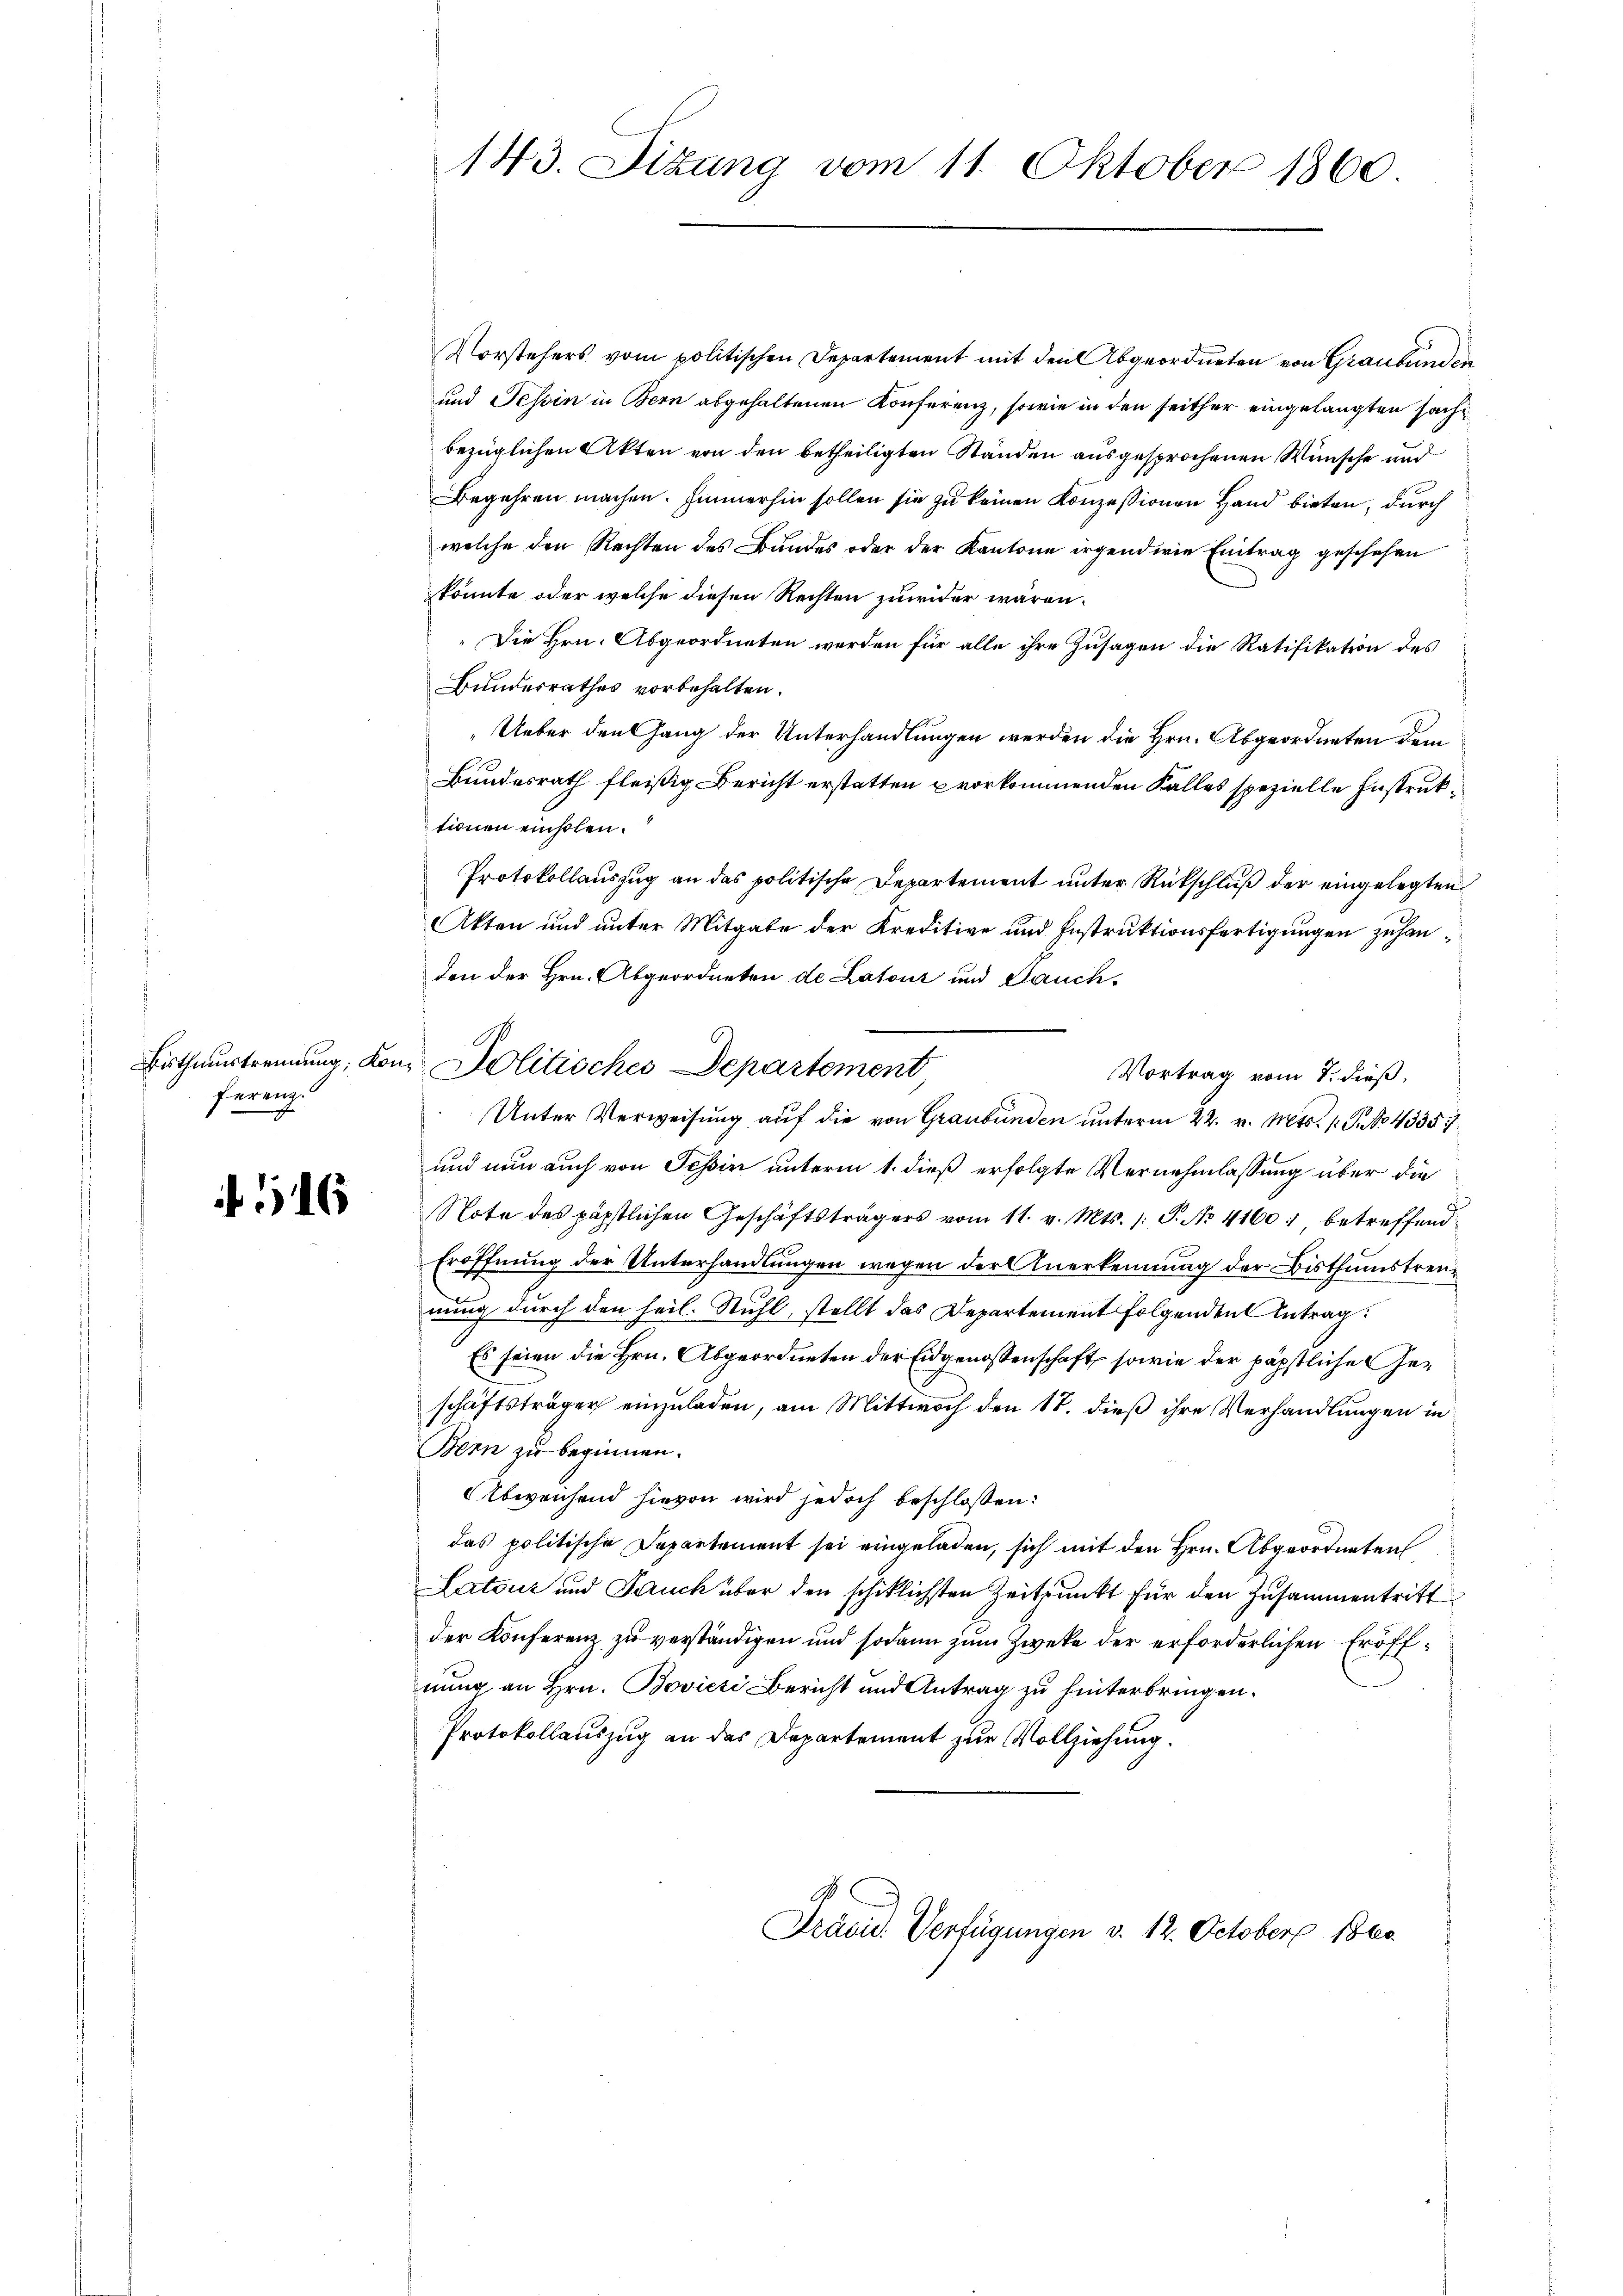
ferenz

516

Vorstehers vom politischen Departement mit den Abgeordneten von Graubünden
und Tessin in Bern abgehaltenen Konferenz, sowie in den seither eingelangten sachbezüglichen Akten von den betheiligten Ständen ausgesprochenen Wünsche und
Begehren machen. Immerhin sollen sie zu keinen Konzessionen Hand bieten, durch
welche den Rechten des Bundes oder der Kantone irgendwie Eintrag geschehen
könnte oder welche diesen Rechten zuwider wären.
„Die Hrn. Abgeordneten werden für alle ihre Zusagen die Ratifikation des
Bundesrathes vorbehalten.
„Ueber den Gang der Unterhandlungen werden die Hrn. Abgeordneten dem
Bundesrath fleißig Bericht erstatten vorkommenden Falles spezielle Instruktionen einholen.
Protokollauszug an das politische Departement unter Rückschluß der eingelegten
Akten und unter Mitgabe der Kreditive und Instruktionsfertigungen zuhanden der Hrn. Abgeordneten de Latour und Rauch¬
Vortrag vom 8. dieß,
Unter Verweisung auf die von Graubünden unterm 22. v. Mts. 1. P. No. 4335
und nun auch von Tessin unterm 1. dieß erfolgte Vernehmlassung über die
Note des päpstlichen Geschäftsträgers vom 11. v. Mts. /: P. No 4160), betreffend
Eröffnung der Unterhandlungen wegen der Anerkennung der Bisthumstreunung durch den heil. Stuhl, stellt das Departement folgenden Antrag
Es seien die Hrn. Abgeordneten der Eidgenossenschaft, sowie der päpstliche Geschäftsträger einzuladen, am Mittwoch den 17. dieß ihre Verhandlungen in
Bern zu beginnen.
Abweichend hievon wird jedoch beschlossen:
das politische Departement sei eingeladen, sich mit den Hrn. Abgeordneten
Latour und Jauch über den schiklichsten Zeitpunkt für den Zusammentritt
der Konferenz zu verständigen und sodann zum Zwecke der erforderlichen Eröffnung an Hrn. Bovici Bericht und Antrag zu hinterbringen.
Protokollauszug an das Departement zur Vollziehung.

143. Sizung vom 11. Oktober 1860.

Bithaustrennung, von Politisches Departement

Präsid. Verfügungen v. 12. October obe